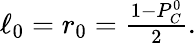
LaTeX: \begin{array}{r}{\ell_{0}=r_{0}=\frac{1-P_{C}^{0}}{2}.}\end{array}